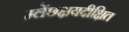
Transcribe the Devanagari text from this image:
म्लेंछक्षयदीक्षित